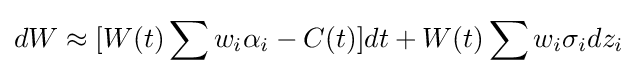
dW\approx [W(t)\sum w_{i}\alpha _{i}-C(t)]dt+W(t)\sum w_{i}\sigma _{i}dz_{i}